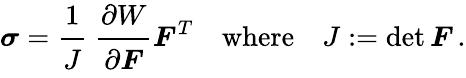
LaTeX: {\boldsymbol{\sigma}}={\cfrac{1}{J}}~{\cfrac{\partial W}{\partial{\boldsymbol{F}}}}{\boldsymbol{F}}^{T}\quad{\mathrm{where}}\quad J:=\operatorname*{det}{\boldsymbol{F}}\, .